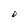
Character: D